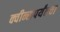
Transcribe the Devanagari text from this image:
क्वीन्सपर्यंतचा